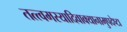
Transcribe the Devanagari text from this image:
तत्त्वमस्यादिवाक्यानामुपदेष्टा